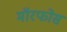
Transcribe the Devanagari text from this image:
मॉरफोस